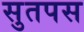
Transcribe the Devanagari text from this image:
सुतपस